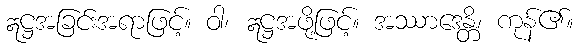
ဣဋ္ဌအခြင်းအရာဖြင့်။ ဝါ၊ ဣဋ္ဌအဖို့ဖြင့်။ အဿာဒေန္တိ၊ ကုန်၏။